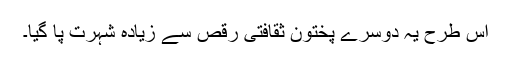
اس طرح یہ دوسرے پختون ثقافتی رقص سے زیادہ شہرت پا گیا۔